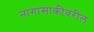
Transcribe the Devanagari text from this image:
नागासाकीवरील